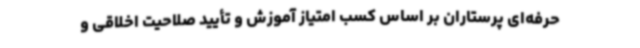
حرفه‌ای پرستاران بر اساس کسب امتیاز آموزش و تأیید صلاحیت اخلاقی و